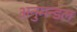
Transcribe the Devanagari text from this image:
अनुमन्डल